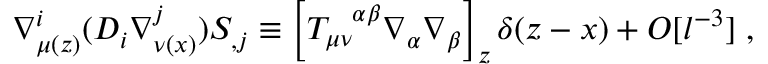
\nabla _ { \mu ( z ) } ^ { i } ( { \cal D } _ { i } \nabla _ { \nu ( x ) } ^ { j } ) S _ { , j } \equiv \left[ T _ { \mu \nu } ^ { \ \ \alpha \beta } \nabla _ { \alpha } \nabla _ { \beta } \right] _ { z } \delta ( z - x ) + { \cal O } [ l ^ { - 3 } ] \; ,